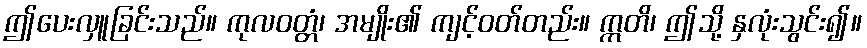
ဤပေးလှူခြင်းသည်။ ကုလဝတ္တံ၊ အမျိုး၏ ကျင့်ဝတ်တည်း။ ဣတိ၊ ဤသို့ နှလုံးသွင်း၍။